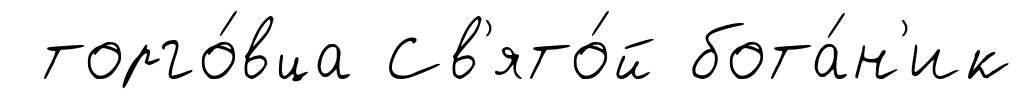
торго́вца Св'ято́й бота́н'ик